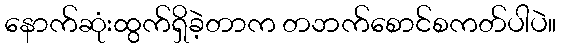
နောက်ဆုံးထွက်ရှိခဲ့တာက တဘက်စောင်စကတ်ပါပဲ။